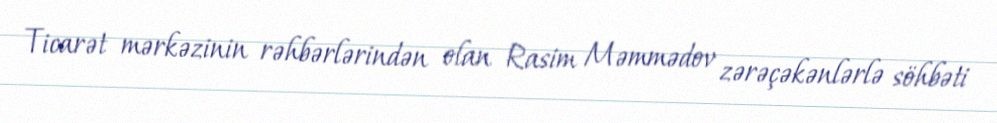
Ticarət mərkəzinin rəhbərlərindən olan Rasim Məmmədov zərəçəkənlərlə söhbəti